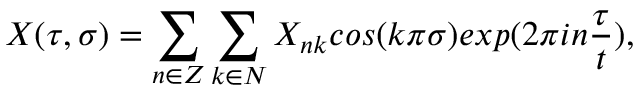
X ( \tau , \sigma ) = \sum _ { n \in Z } \sum _ { k \in N } X _ { n k } c o s ( k \pi \sigma ) e x p ( 2 \pi i n \frac { \tau } { t } ) ,